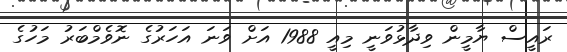
ރައީސް ޔާމީން ވިދާޅުވަނީ މިއީ 1988 އަށް ވަނަ އަހަރުގެ ނޮވެމްބަރު މަހުގެ